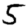
Digit: 5